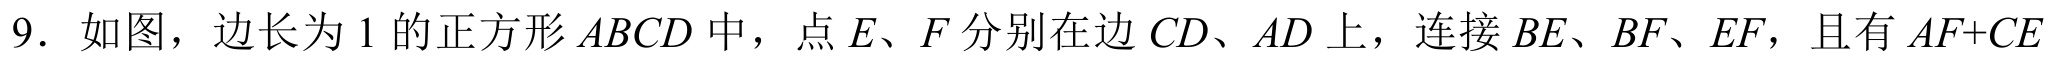
9. 如图，边长为\(1\)的正方形\(ABCD\)中，点\(E、F\)分别在边\(CD、AD\)上，连接\(BE、BF、EF\)，且有\(AF + CE\)